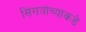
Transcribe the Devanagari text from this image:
सिंगयांच्याकडे